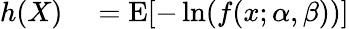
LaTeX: \begin{array}{rl}{h(X)}&{{}=\operatorname{E}[-\ln(f(x;\alpha,\beta))]}\end{array}